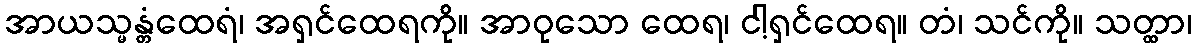
အာယသ္မန္တံထေရံ၊ အရှင်ထေရကို။ အာဝုသော ထေရ၊ ငါ့ရှင်ထေရ။ တံ၊ သင်ကို။ သတ္ထာ၊